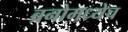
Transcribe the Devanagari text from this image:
ब्रनोमध्येच